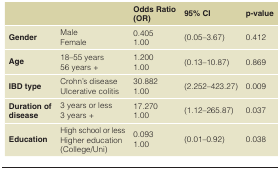
<table><thead><tr><td colspan="2"></td><td><b>Odds Ratio(OR)</b></td><td><b>95% CI</b></td><td><b>p-value</b></td></tr></thead><tbody><tr><td><b>Gender</b></td><td>MaleFemale</td><td>0.4051.00</td><td>(0.05–3.67)</td><td>0.412</td></tr><tr><td><b>Age</b></td><td>18–55 years56 years +</td><td>1.2001.00</td><td>(0.13–10.87)</td><td>0.869</td></tr><tr><td><b>IBD type</b></td><td>Crohn’s diseaseUlcerative colitis</td><td>30.8821.00</td><td>(2.252–423.27)</td><td>0.009</td></tr><tr><td><b>Duration of disease</b></td><td>3 years or less3 years +</td><td>17.2701.00</td><td>(1.12–265.87)</td><td>0.037</td></tr><tr><td><b>Education</b></td><td>High school or lessHigher education(College/Uni)</td><td>0.0931.00</td><td>(0.01–0.92)</td><td>0.038</td></tr></tbody></table>